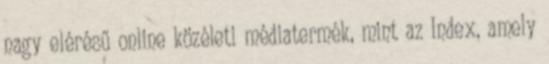
nagy elérésű online közéleti médiatermék, mint az Index, amely